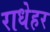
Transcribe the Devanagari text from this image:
राधेहर